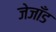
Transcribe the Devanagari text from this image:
जेजाँड